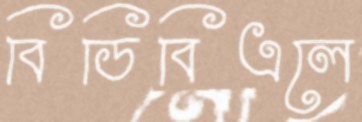
বিডিবিএলে